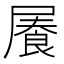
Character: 𡳋